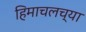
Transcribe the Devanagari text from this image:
हिमाचलच्या